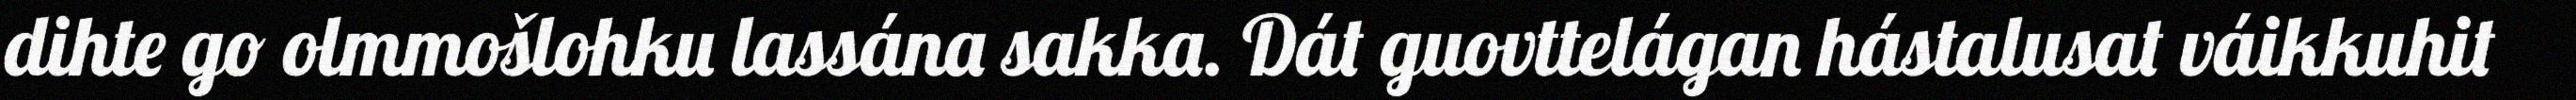
dihte go olmmošlohku lassána sakka. Dát guovttelágan hástalusat váikkuhit